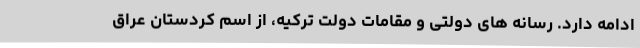
ادامه دارد. رسانه های دولتی و مقامات دولت ترکیه، از اسم کردستان عراق